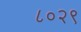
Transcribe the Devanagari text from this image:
८०२९